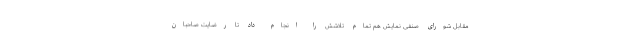
مقابل شورای صنفی نمایش هم تمام تلاشش را انجام داد تا رضایت صاحبان